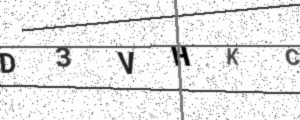
Text: D3VHKC